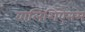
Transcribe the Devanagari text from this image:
वालिशिऐनम